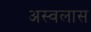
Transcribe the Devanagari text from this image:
अस्वलास